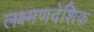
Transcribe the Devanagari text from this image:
लक्ष्मणदेशिक